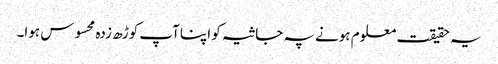
یہ حقیقت معلوم ہونے پہ جاثیہ کو اپنا آپ کوڑھ زدہ محسوس ہوا۔